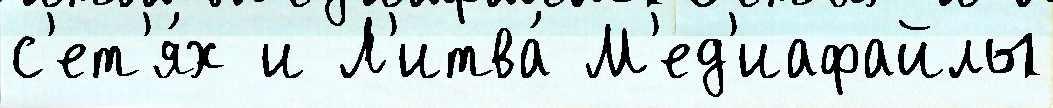
с'ет'я́х и Л'итва́ М'ед'иафайлы